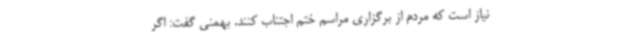
نیاز است که مردم از برگزاری مراسم ختم اجتناب کنند. بهمنی گفت: اگر